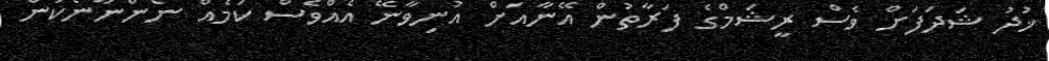
ޚުދު ޝަދަފަށް ވެސް ރީޝަމްގެ ފަރާތުން އޭނާއަށް އުނިވާނޭ އެއްވެސް ކަމެއް ނޯންނާނެކަން